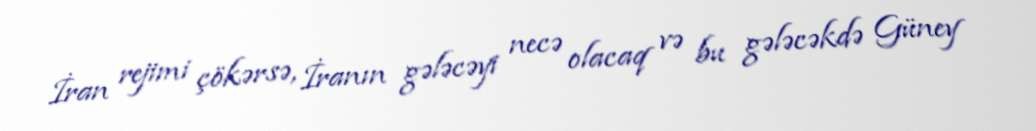
İran rejimi çökərsə, İranın gələcəyi necə olacaq və bu gələcəkdə Güney